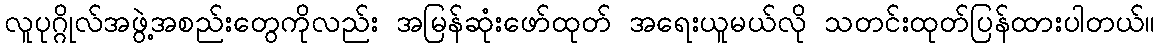
လူပုဂ္ဂိုလ်အဖွဲ့အစည်းတွေကိုလည်း အမြန်ဆုံးဖော်ထုတ် အရေးယူမယ်လို သတင်းထုတ်ပြန်ထားပါတယ်။